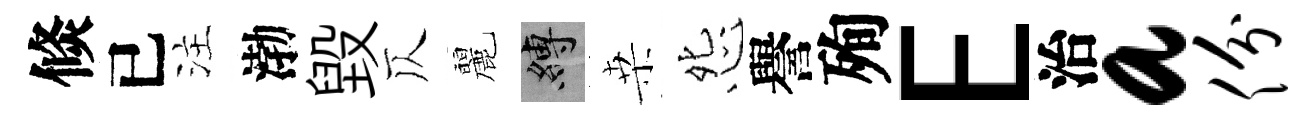
倐已注渤毁仄麗縛桒怨譽殉E治a份